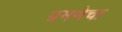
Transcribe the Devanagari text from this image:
प्रमणेचा